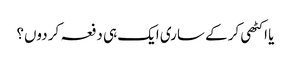
یا اکٹھی کر کے ساری ایک ہی دفعہ کر دوں؟